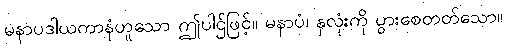
မနာပဒါယကာနံဟူသော ဤပါဌ်ဖြင့်။ မနာပံ၊ နှလုံးကို ပွားစေတတ်သော။